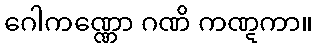
ဂေါကဏ္ဏော ဂဏိ ကဏ္ဋကာ။